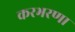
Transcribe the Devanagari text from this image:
करभरणा